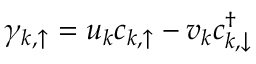
\gamma _ { k , \uparrow } = u _ { k } c _ { k , \uparrow } - v _ { k } c _ { k , \downarrow } ^ { \dag }